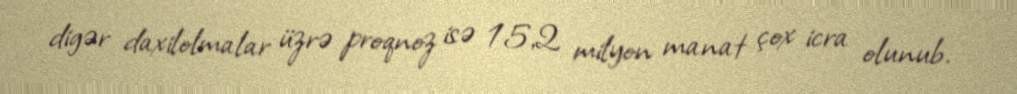
digər daxilolmalar üzrə proqnoz isə 15,2 milyon manat çox icra olunub.